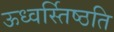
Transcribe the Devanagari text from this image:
ऊध्वर्स्तिष्ठति